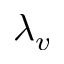
\lambda _ { v }